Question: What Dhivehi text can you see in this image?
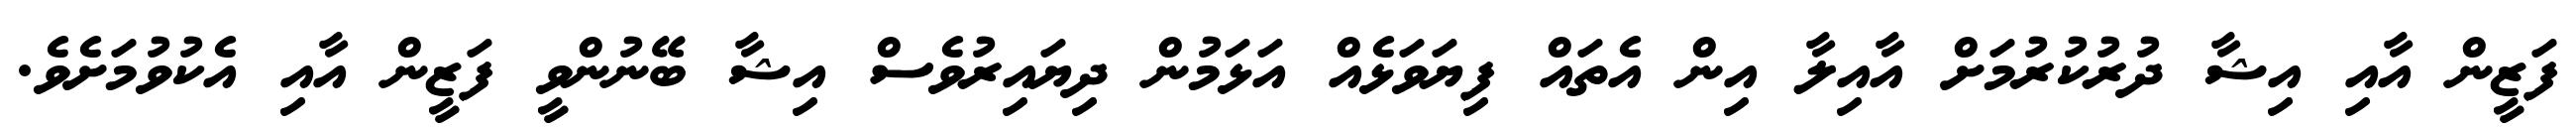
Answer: ފަޒީން އާއި އިޝާ ދުރުކުރުމަށް އާއިލާ އިން އެތައް ފިޔަވަޅެއް އަޅަމުން ދިޔައިރުވެސް އިޝާ ބޭނުންވީ ފަޒީން އާއި އެކުވުމަށެވެ.